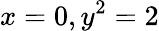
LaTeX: x=0,y^{2}=2